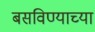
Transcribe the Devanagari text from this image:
बसविण्याच्या